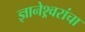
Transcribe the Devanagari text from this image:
ज्ञानेश्र्वरांचा